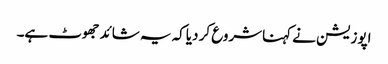
اپوزیشن نے کہناشروع کر دیاکہ یہ شائدجھوٹ ہے۔